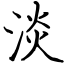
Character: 淡